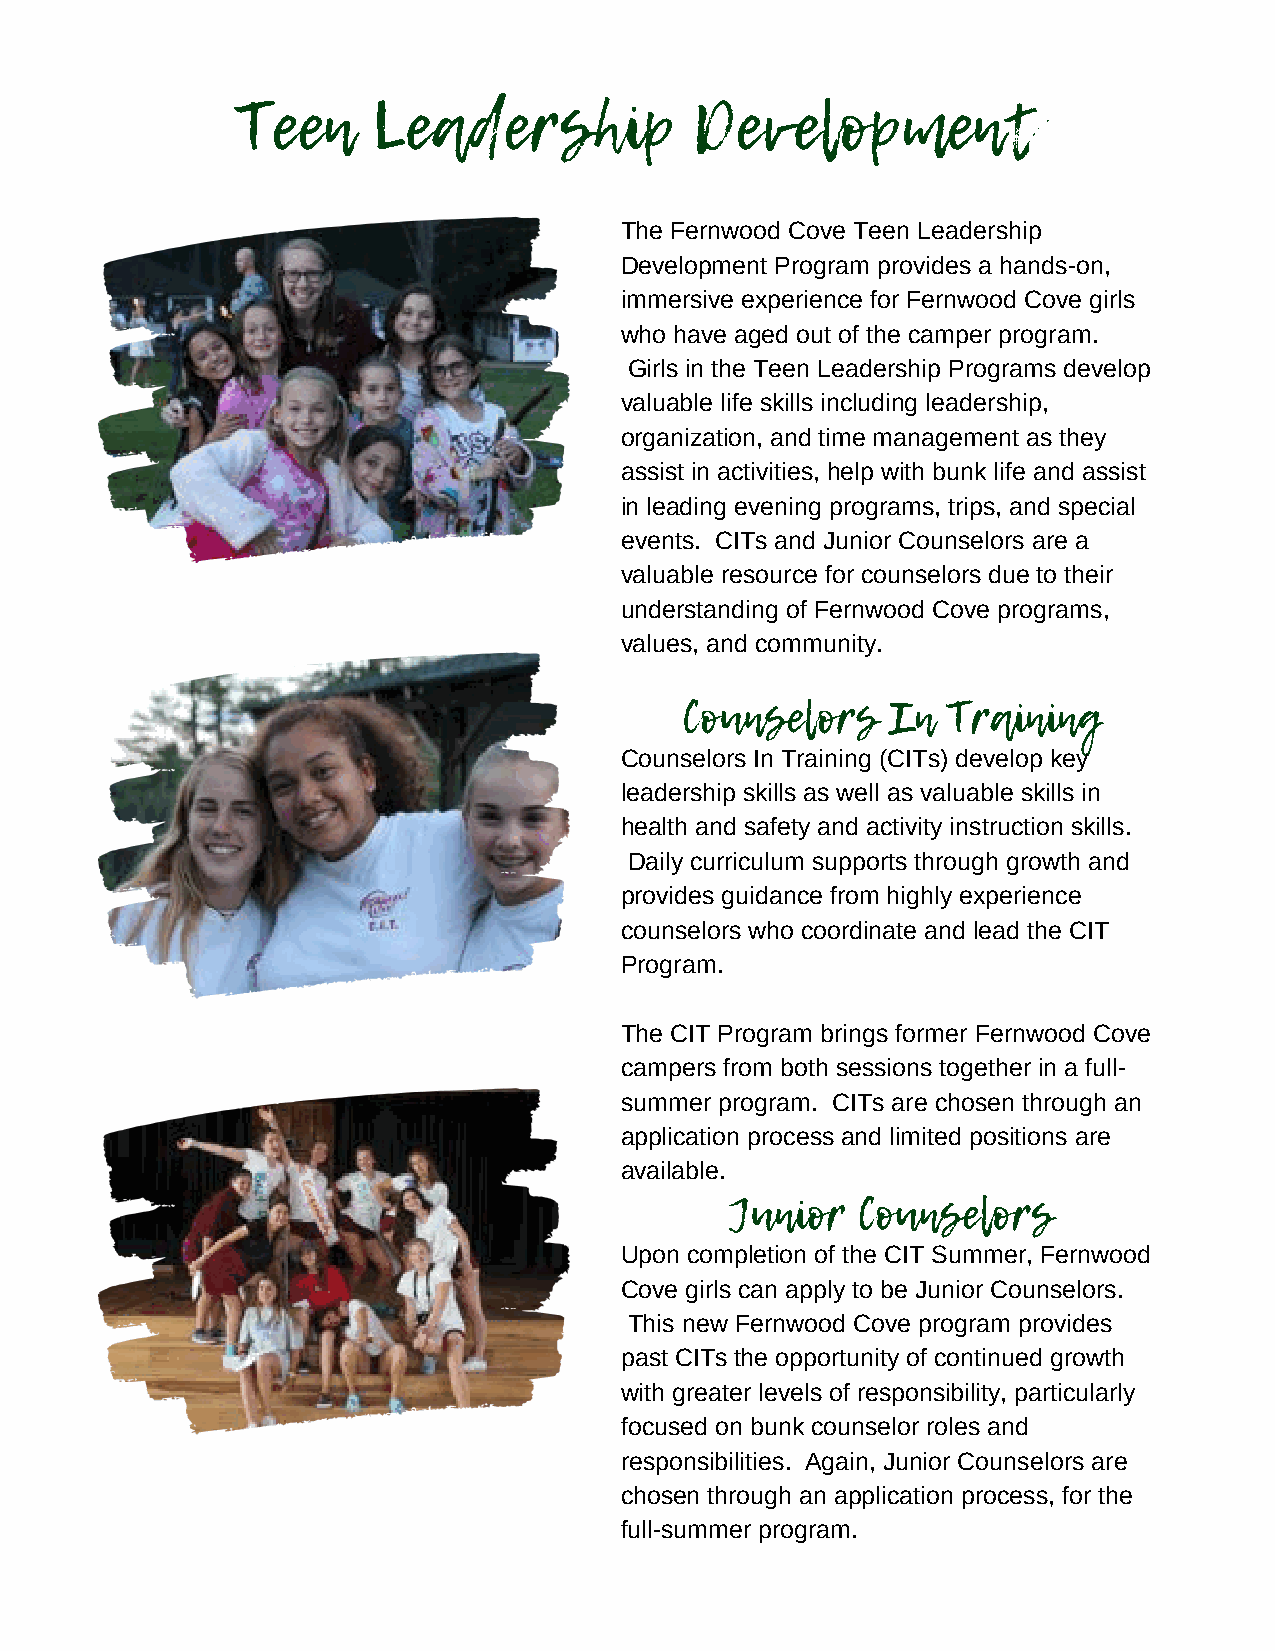
Teen     Leadership           Development
 The Fernwood Cove Teen Leadership
 Development Program provides a hands-on,
 immersive experience for Fernwood Cove girls
 who have aged out of the camper program.
 Girls in the Teen Leadership Programs develop
 valuable life skills including leadership,
 organization, and time management as they
 assist in activities, help with bunk life and assist
 in leading evening programs, trips, and special
 events. CITs and Junior Counselors are a
 valuable resource for counselors due to their
 understanding of Fernwood Cove programs,
 values, and community.
 Counselors    In  Training
 Counselors In Training (CITs) develop key
 leadership skills as well as valuable skills in
 health and safety and activity instruction skills.
 Daily curriculum supports through growth and
 provides guidance from highly experience
 counselors who coordinate and lead the CIT
 Program.
 The CIT Program brings former Fernwood Cove
 campers from both sessions together in a full-
 summer program. CITs are chosen through an
 application process and limited positions are
 available.
 Junior   Counselors
 Upon completion of the CIT Summer, Fernwood
 Cove girls can apply to be Junior Counselors.
 This new Fernwood Cove program provides
 past CITs the opportunity of continued growth
 with greater levels of responsibility, particularly
 focused on bunk counselor roles and
 responsibilities. Again, Junior Counselors are
 chosen through an application process, for the
 full-summer program.